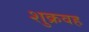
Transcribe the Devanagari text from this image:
शुक्रवह